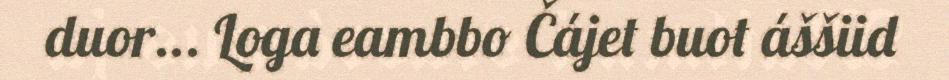
duor... Loga eambbo Čájet buot áššiid